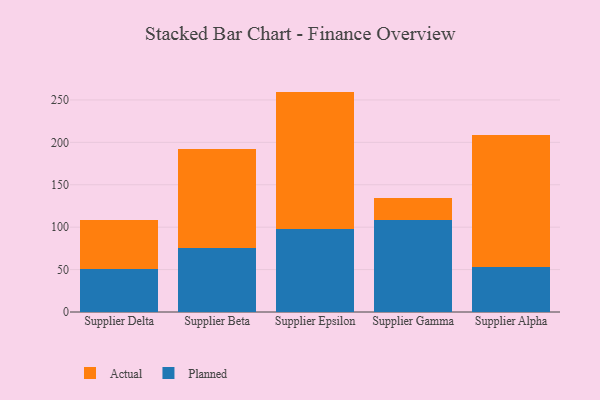
{"axis": {"x": "Supplier", "y": "Customer Acquisition Cost (USD)"}, "legend": ["Actual", "Planned"], "data": [{"x": "Supplier Delta", "y": 50.8, "type": "Planned"}, {"x": "Supplier Delta", "y": 57.5, "type": "Actual"}, {"x": "Supplier Beta", "y": 75.9, "type": "Planned"}, {"x": "Supplier Beta", "y": 116.1, "type": "Actual"}, {"x": "Supplier Epsilon", "y": 97.9, "type": "Planned"}, {"x": "Supplier Epsilon", "y": 161.9, "type": "Actual"}, {"x": "Supplier Gamma", "y": 108.5, "type": "Planned"}, {"x": "Supplier Gamma", "y": 25.4, "type": "Actual"}, {"x": "Supplier Alpha", "y": 53.3, "type": "Planned"}, {"x": "Supplier Alpha", "y": 155.0, "type": "Actual"}]}